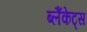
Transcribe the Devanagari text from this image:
ब्लैंकेट्स